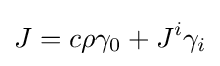
J=c\rho \gamma _{0}+J^{i}\gamma _{i}